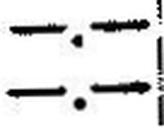
—.—